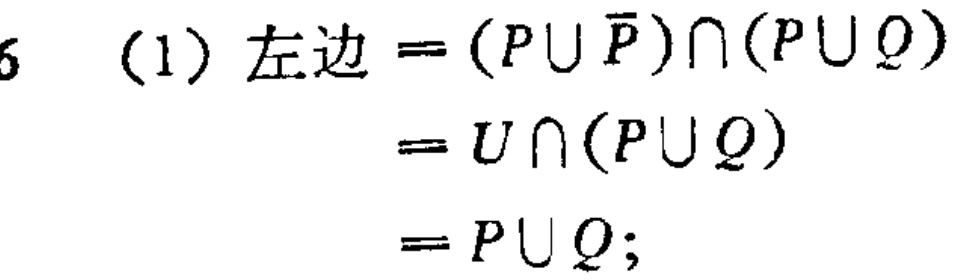
\[

\begin{align*}

\text{(1) 左边}&=(P\cup \overline{P})\cap(P\cup Q)\\

&=U\cap(P\cup Q)\\

&=P\cup Q;

\end{align*}

\]